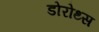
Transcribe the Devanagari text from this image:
डोरोथ्स